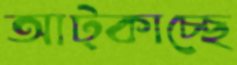
আট্‌কাচ্ছে